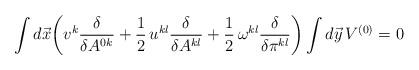
LaTeX: \begin{align*}\int d\vec x\biggl(v^k\frac{\delta}{\delta A^{0k}}+\frac{1}{2}\,u^{kl}\frac{\delta}{\delta A^{kl}}+\frac{1}{2}\,\omega^{kl}\frac{\delta}{\delta\pi^{kl}}\biggr)\int d\vec y\,V^{(0)}=0\end{align*}